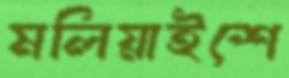
মলিয়াইশে